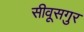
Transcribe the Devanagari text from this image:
सीवूसगुर